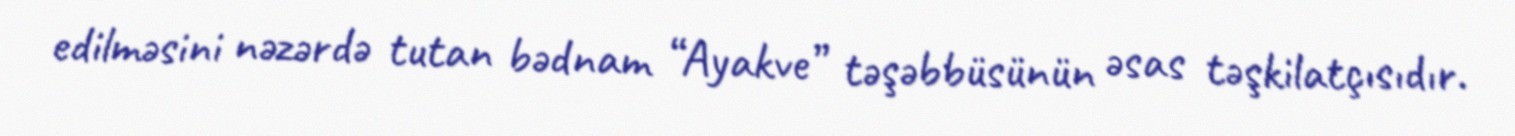
edilməsini nəzərdə tutan bədnam “Ayakve” təşəbbüsünün əsas təşkilatçısıdır.